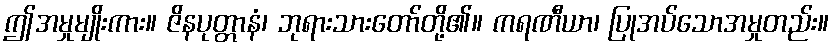
ဤအမှုမျိုးကား။ ဇိနပုတ္တာနံ၊ ဘုရားသားတော်တို့၏။ ကရဏီယာ၊ ပြုအပ်သောအမှုတည်း။